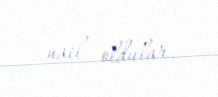
nail oldular.